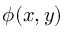
\phi ( x , y )